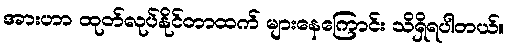
အားဟာ ထုတ်လုပ်နိုင်တာထက် များနေကြောင်း သိရှိရပါတယ်။